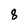
Character: 8